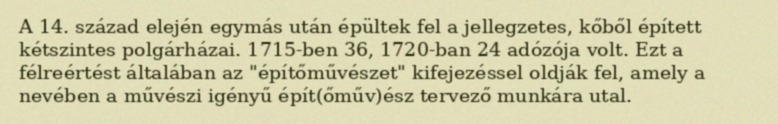
A 14. század elején egymás után épültek fel a jellegzetes, kőből épített kétszintes polgárházai. 1715-ben 36, 1720-ban 24 adózója volt. Ezt a félreértést általában az "építőművészet" kifejezéssel oldják fel, amely a nevében a művészi igényű épít(őműv)ész tervező munkára utal.